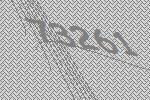
73261